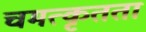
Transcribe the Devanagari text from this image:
चमत्कृतता